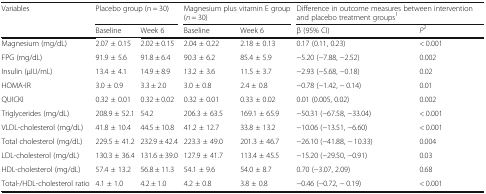
<table><thead><tr><td rowspan="2"><b>Variables</b></td><td colspan="2"><b>Placebo group (n = 30)</b></td><td colspan="2"><b>Magnesium plus vitamin E group (<i>n</i> = 30)</b></td><td colspan="2"><b>Difference in outcome measures between intervention and placebo treatment groups<sup>1</sup></b></td></tr><tr><td><b>Baseline</b></td><td><b>Week 6</b></td><td><b>Baseline</b></td><td><b>Week 6</b></td><td><b>β (95% CI)</b></td><td><b><i>P</i><sup>2</sup></b></td></tr></thead><tbody><tr><td>Magnesium (mg/dL)</td><td>2.07 ± 0.15</td><td>2.02 ± 0.15</td><td>2.04 ± 0.22</td><td>2.18 ± 0.13</td><td>0.17 (0.11, 0.23)</td><td>&lt; 0.001</td></tr><tr><td>FPG (mg/dL)</td><td>91.9 ± 5.6</td><td>91.8 ± 6.4</td><td>90.3 ± 6.2</td><td>85.4 ± 5.9</td><td>−5.20 (−7.88, −2.52)</td><td>0.002</td></tr><tr><td>Insulin (μIU/mL)</td><td>13.4 ± 4.1</td><td>14.9 ± 8.9</td><td>13.2 ± 3.6</td><td>11.5 ± 3.7</td><td>−2.93 (−5.68, −0.18)</td><td>0.02</td></tr><tr><td>HOMA-IR</td><td>3.0 ± 0.9</td><td>3.3 ± 2.0</td><td>3.0 ± 0.8</td><td>2.4 ± 0.8</td><td>−0.78 (−1.42, − 0.14)</td><td>0.01</td></tr><tr><td>QUICKI</td><td>0.32 ± 0.01</td><td>0.32 ± 0.02</td><td>0.32 ± 0.01</td><td>0.33 ± 0.02</td><td>0.01 (0.005, 0.02)</td><td>0.002</td></tr><tr><td>Triglycerides (mg/dL)</td><td>208.9 ± 52.1</td><td>54.2</td><td>206.3 ± 63.5</td><td>169.1 ± 65.9</td><td>−50.31 (−67.58, −33.04)</td><td>&lt; 0.001</td></tr><tr><td>VLDL-cholesterol (mg/dL)</td><td>41.8 ± 10.4</td><td>44.5 ± 10.8</td><td>41.2 ± 12.7</td><td>33.8 ± 13.2</td><td>−10.06 (−13.51, −6.60)</td><td>&lt; 0.001</td></tr><tr><td>Total cholesterol (mg/dL)</td><td>229.5 ± 41.2</td><td>232.9 ± 42.4</td><td>223.3 ± 49.0</td><td>201.3 ± 46.7</td><td>−26.10 (−41.88, − 10.33)</td><td>0.004</td></tr><tr><td>LDL-cholesterol (mg/dL)</td><td>130.3 ± 36.4</td><td>131.6 ± 39.0</td><td>127.9 ± 41.7</td><td>113.4 ± 45.5</td><td>−15.20 (−29.50, −0.91)</td><td>0.03</td></tr><tr><td>HDL-cholesterol (mg/dL)</td><td>57.4 ± 13.2</td><td>56.8 ± 11.3</td><td>54.1 ± 9.6</td><td>54.0 ± 8.7</td><td>0.70 (−3.07, 2.09)</td><td>0.68</td></tr><tr><td>Total-/HDL-cholesterol ratio</td><td>4.1 ± 1.0</td><td>4.2 ± 1.0</td><td>4.2 ± 0.8</td><td>3.8 ± 0.8</td><td>−0.46 (−0.72, − 0.19)</td><td>&lt; 0.001</td></tr></tbody></table>